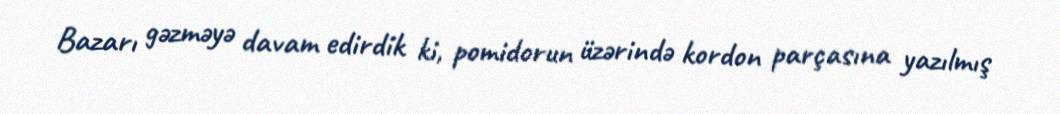
Bazarı gəzməyə davam edirdik ki, pomidorun üzərində kordon parçasına yazılmış